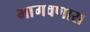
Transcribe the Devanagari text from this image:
भागवणारा